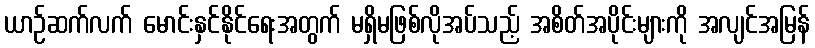
ယာဉ်ဆက်လက် မောင်းနှင်နိုင်ရေးအတွက် မရှိမဖြစ်လိုအပ်သည့် အစိတ်အပိုင်းများကို အလျင်အမြန်